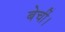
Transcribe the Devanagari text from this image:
बेचीं।